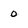
Character: 0